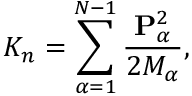
K _ { n } = \sum _ { \alpha = 1 } ^ { N - 1 } \frac { { \mathbf { P } } _ { \alpha } ^ { 2 } } { 2 M _ { \alpha } } ,